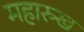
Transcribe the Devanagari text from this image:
महारुख